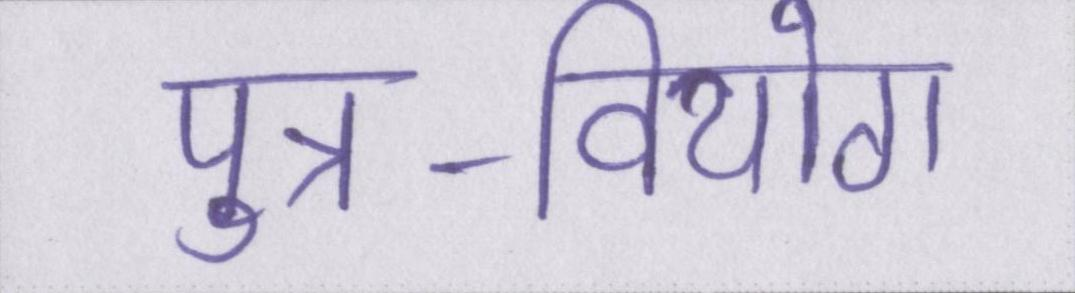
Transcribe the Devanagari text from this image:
पुत्र-वियोग